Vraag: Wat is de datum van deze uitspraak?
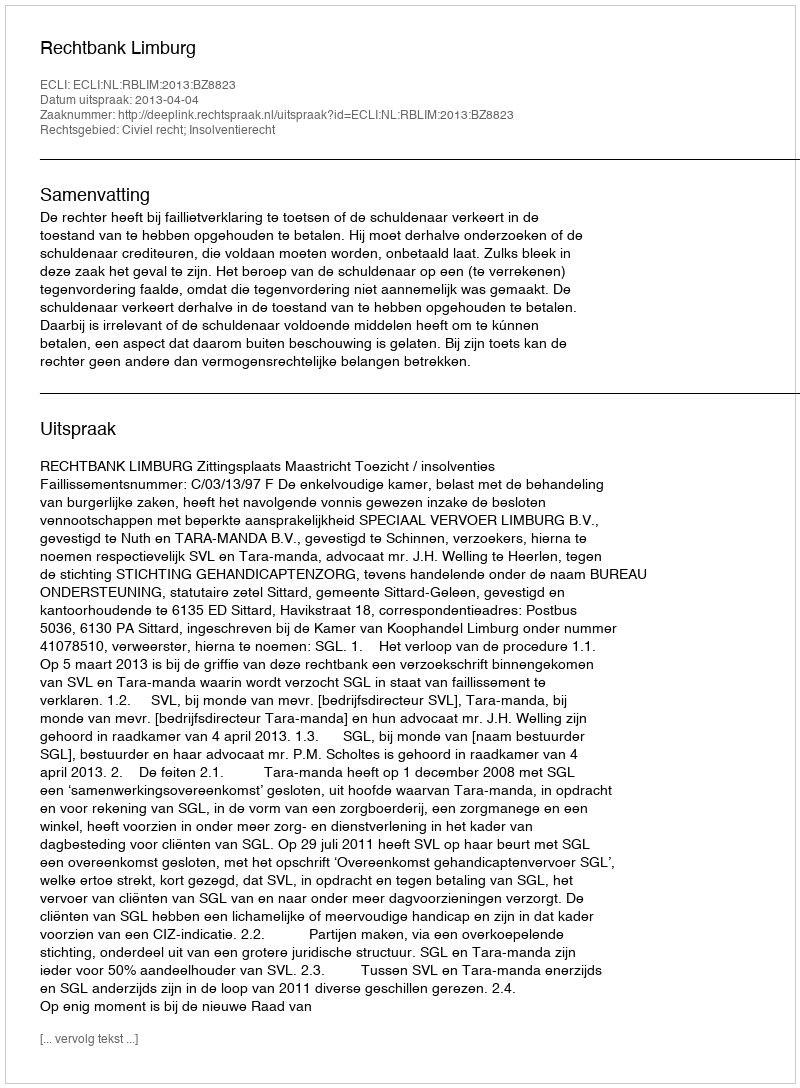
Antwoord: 2013-04-04